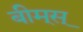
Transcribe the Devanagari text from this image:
बीम्‌स्